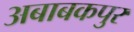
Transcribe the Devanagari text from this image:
अबाबकपुर